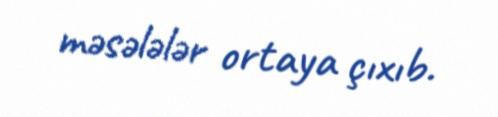
məsələlər ortaya çıxıb.